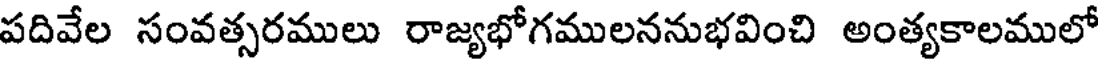
పదివేల సంవత్సరములు రాజ్యభోగములననుభవించి అంత్యకాలములో